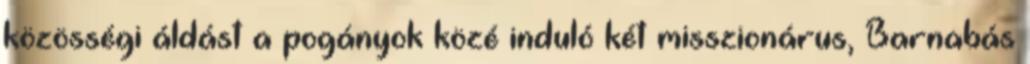
közösségi áldást a pogányok közé induló két misszionárus, Barnabás